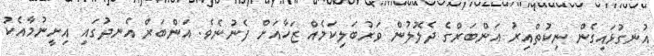
އުނގުޅައިގެން ނިކުތްއިރު އަންބަރްގެ ދެލޮލުން ވަރުބަލިކަމެއް ޒަހާއަށް ފެނުނެވެ. އަންބަރް އެނދުގައި އިށީނުމާއެކު